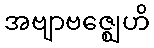
အဗျာဗဇ္ဈေဟိ